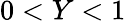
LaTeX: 0<Y<1